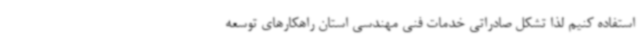
استفاده کنیم لذا تشکل صادراتی خدمات فنی مهندسی استان راهکارهای توسعه